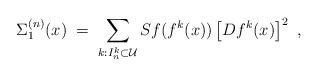
LaTeX: \begin{align*} \Sigma_1^{(n)}(x)\;=\; \sum_{k : I_n^k \subset \mathcal{U}} Sf(f^k (x))\left[Df^k (x)\right]^2 \ ,\end{align*}